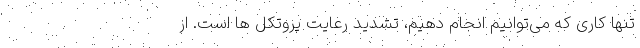
تنها کاری که می‌‌توانیم انجام دهیم، تشدید رعایت پروتکل ها است. از